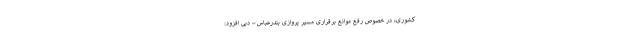
کشوری، در خصوص رفع موانع برقراری مسیر پروازی بندرعباس – دبی افزود: